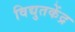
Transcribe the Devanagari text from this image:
विद्युतकेंद्र